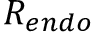
R _ { e n d o }